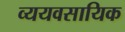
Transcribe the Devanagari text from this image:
व्ययवसायिक